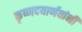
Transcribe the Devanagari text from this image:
कृष्णदयार्णवांनी